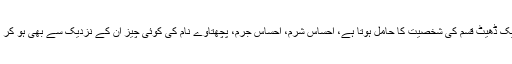
سائیکوپیتھ ایک ڈھیٹ قسم کی شخصیت کا حامل ہوتا ہے، احساسِ شرم، احساسِ جرم، پچھتاوے نام کی کوئی چیز ان کے نزدیک سے بھی ہو کر نہیں گزرتی۔